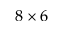
8 \times 6